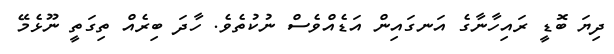
ދިޔަ ބޮޑީ ރައިހާނާގެ އަނގައިން އަޑެއްވެސް ނުކުތެވެ. ހާދަ ބިރެއް ތިގަތީ ނޫޅެމޭ